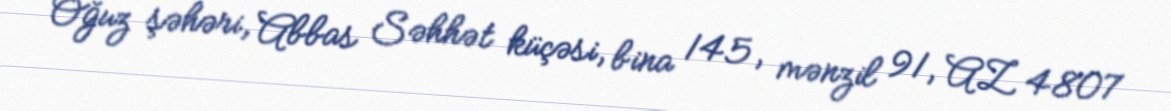
Oğuz şəhəri, Abbas Səhhət küçəsi, bina 145, mənzil 91, AZ 4807